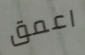
اعمق